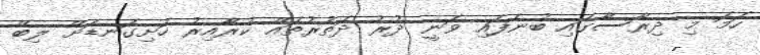
ހަމަ މި ދިރާސާގައި ބުނެފައި ވަނީ ދުރު ދަތުރުތައް ކުރާއިރު ހަށިގަނޑަށް ލިބޭ